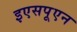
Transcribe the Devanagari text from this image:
इएसपूएन